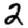
Digit: 2